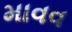
માવવ